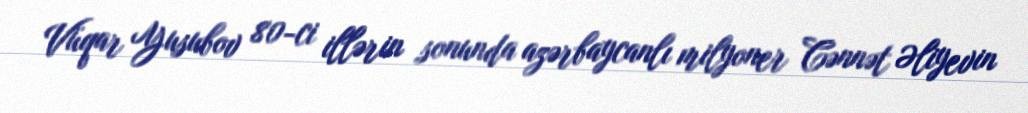
Vüqar Yusubov 80-ci illərin sonunda azərbaycanlı milyoner Cənnət Əliyevin